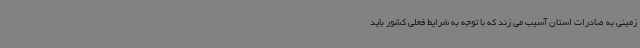
زمینی به صادرات استان آسیب می زند که با توجه به شرایط فعلی کشور باید